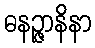
ဓနဉ္ဇာနိနာ